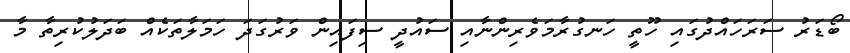
ބޯޑަރު ސަރަހައްދުގައި ހޫތީ ހަނގުރާމަވެރިންނާއި ސައުދީ ސިފައިން ވަރުގަދަ ހަމަލާތަކެއް ބަދަލުކުރިތާ މާ